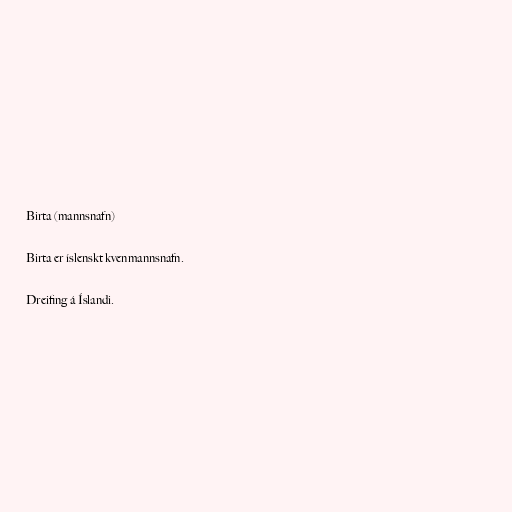
Birta (mannsnafn)

Birta er íslenskt kvenmannsnafn.

Dreifing á Íslandi.